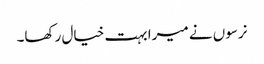
نرسوں نے میرا بہت خیال رکھا۔